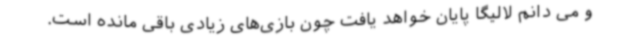
و می دانم لالیگا پایان خواهد یافت چون بازی‌های زیادی باقی مانده است.